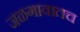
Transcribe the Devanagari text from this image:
जळगावातच